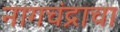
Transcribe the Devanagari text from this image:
नागचंद्राचा